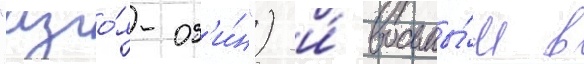
"изго́я-од'и́н") и́ восьмы́м в